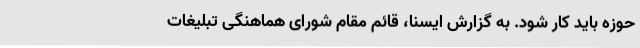
حوزه باید کار شود. به گزارش ایسنا، قائم مقام شورای هماهنگی تبلیغات